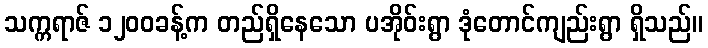
သက္ကရာဇ် ၁၂၀၀ခန့်က တည်ရှိနေသော ပအိုဝ်းရွာ ဒုံတောင်ကျည်းရွာ ရှိသည်။